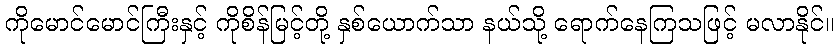
ကိုမောင်မောင်ကြီးနှင့် ကိုစိန်မြင့်တို့ နှစ်ယောက်သာ နယ်သို့ ရောက်နေကြသဖြင့် မလာနိုင်။